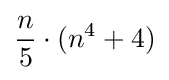
{\frac {n}{5}}\cdot (n^{4}+4)